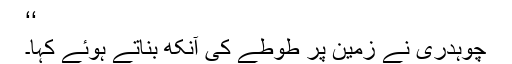
‘‘
چوہدری نے زمین پر طوطے کی آنکھ بناتے ہوئے کہا۔